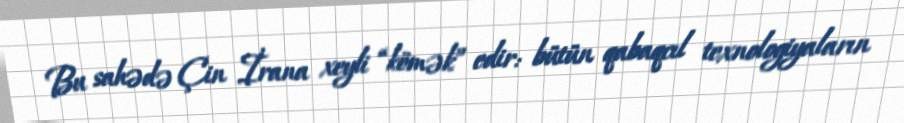
Bu sahədə Çin İrana xeyli “kömək” edir: bütün qabaqcıl texnologiyaların